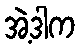
အဲ့ဒါက